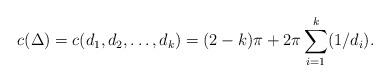
LaTeX: \begin{align*}c(\Delta)=c(d_1,d_2,\ldots,d_k)=(2-k)\pi + 2 \pi \sum_{i=1}^k (1/d_i).\end{align*}